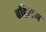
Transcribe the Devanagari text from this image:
बहिराम